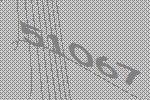
51067